Vital statistics of India. Vol. VI, European troops 1870-79
Year: 1870
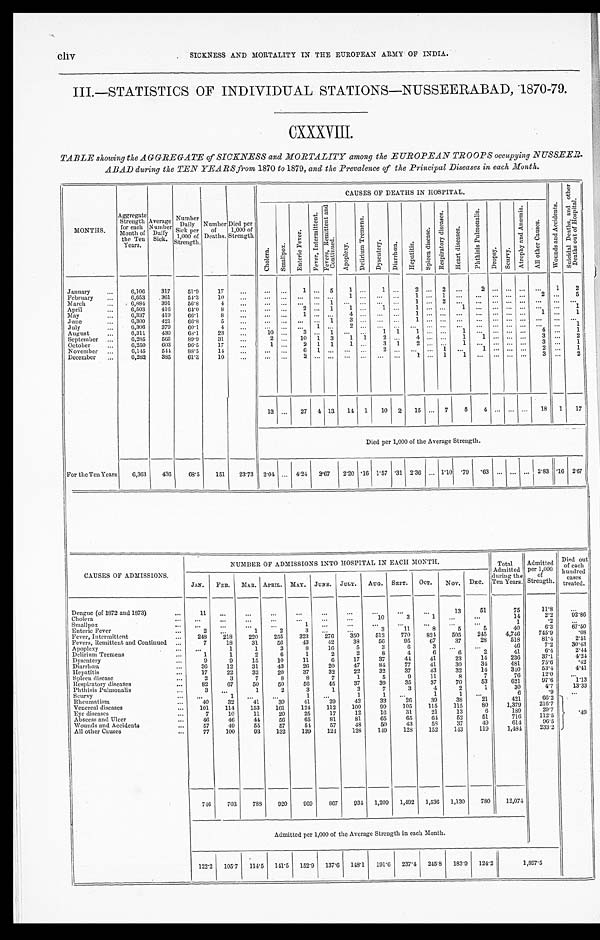
cliv
SICKNESS AND MORTALITY IN THE EUROPEAN ARMY OF INDIA.
III.—STATISTICS OF INDIVIDUAL STATIONS-NUSSEERABAD, 1870-79.
CXXXVIII.
TABLE showing the AGGREGATE of SICKNESS and MORTALITY among the EUROPEAN TROOPS occupying NUSSEER.
ABAD during the TEN YEARS from 1870 to 1879, and the Prevalence of the Principal Diseases in each Month.
MONTHS.
Aggregate Strength for each
Month of
the Ten
Years.
Average Number Daily
Sick.
Number
Daily
Sick per
1,000 of S t r e n g t h .
Number of
Deaths.
Died per
1,000 of S t r e n g t h .
CAUSES OF DEATHS IN HOSPITAL.
W o u n d s a n d A c c i d e n t s .
S u i c i d a l D e a t h s , a n d o t h e r
D e a t h s o u t o u t o f H o s p i t a l .
C h o l e r a . S m a l l p o x .
E n t e r i c F e v e r .
F e v e r , I n t e r m i t t e n t .
F e v e r s , R e m i t t e n t a n d
C o n t i n u e d .
A p o p l e x y .
D e l i r i u m T r e m e n s .
D y s e n t e r y .
D i a r r h œ a . H e p a t i t i s .
S p l e e n d i s e a s e .
R e s p i r a t o r y d i s e a s e s .
H e a r t d i s e a s e s .
P h t h i s i s P u l m o n a l i s .
D r o p s y . S c u r v y .
A t r o p h y a n d A n æ m i a .
A l l o t h e r C a u s e s .
January
6,106 317
51.9
17
1
5 1
1
2 2
2
1 2
February
6,653 361 54.3 10
1
1 1
2
5
March
6,884 391 56.8
4
1
1 2
April
6,503 416 64.0
8
2
1 1
1
1
1
1
May
6,337 419 66.1
8
1
4
1
1
1
June
6,300 421
66.8
5
1
3
1
July
6,306 379 60.1
4
1
2
1
August
6 , 3 1 1 430
68.l
23
10
3
1
1 1 1
1
4
1
September
6,285 565 89.9 31
2
10 1 3 1 1 2
4
1
1
3
2
October
6,250 603 96.5 17
1
2 1 1 1
3 1 2
1
3
1
November
6,145 544 88.5
14
6 1
2
1
1
2
1
December
6,282 385 61.3
10
2
1
1
1
3
2
13
27 4 13 14 1 10 2 15
7 5 4
18 1 17
Died per 1,000 of the Average Strength.
For the Ten Years 6,363 436 68.5 151 23.73 2.04
4.24 2.67 2.20 . 16 1.57 .31 2.36
1.10 .79 .63
2.83 .16 2. 67
CAUSES OF ADMISSIONS
NUMBER OF ADMISSIONS INTO HOSPITAL IN EACH MONTH.
Total
Admitted
during the
Ten Years.
Admitted per 1,000
of
Strength.
Died out
of each
hundred
cases
treated.
JAN. FEB. MAR. APRIL. MAY. JUNE. JULY. AUG. SEPT. OCT. NOV. DEC.
Dengue (of 1872 and 1873)
11
13
51
75
11.8
Ch o l e r a
10
3
1
14
2.2
9 2 . 8 6
Smallpox
1
1
. 2
Enteric Fever
2
1
2
3
3
11
8
5
5
40
6 . 3
6 7 . 5 0
Fever, Intermittent
248 218 220 255 323 276 350 512 770 824 505 245
4,746
745.9
.08
Fevers, Remittent and Continued
7
18
31
56 43
42
38 56
95
67
37
28
518
81.4
2.51
Apoplexy
1
1
3
8
16
5
3
6
3
46
7.2 30.43
Delirium Tremens
1
1
2
6
1
2
2
8
4
6
6
2
41
6 . 4
2 . 4 4
Dysentery
9
9
15
10
11
6
17
37
44
41
23
14
236
3 7 . 1
.42
Diarrhœa
36 12
31
43
26 20
47
84
77
41
30
34
481
75.6
. 4 2
Hepatitis
1 7 22
32
20
37
32
22
32
37
43
32
14
340
53.4
4.41
Spleen disease
2
3
7
8
8
7
1
5
9
11
8
7
76
12.0
Respiratory diseases
8 2 67
50
50
56
45
37
39
35
37
70
53
621
97.6
1.13
Phthisis Pulmonalis
3
1
2
3
1
3
7
3
4
2
1
30
4.7 13.33
Scurvy
1
1
1
1
1
1
6
.9
Rheumatism
40
32
41
39
41
29
42
33
26
39
38
21
421
66.2
.49
Venereal diseases
101 114 153 161 124 112 100
99 105 115 115
80
1,379
216.7
Eye diseases
7
10
11
20
25
17
12
16
31
21
13
6
189
29.7
Abscess and Ulcer
4 6 46
44
56
65
81
81
65
65
64 52
51
716
112.5
Wounds and Accidents
57
49
55
57
54
57
48
50
43
58 37
49
614
96.5
All other Causes
7 7
100
93 132 139 124 128 149 128 152 143 119 1,484
233.2
746 703 788 920 969 867 934 1,209 1,492 1,536 1,130 780 12,074
Admitted per 1,000 of the Average Strength in each Month.
122.2 105.7 114.5 141.5 152.9 137.6 148.1 191.6 237.4 245.8 183.9 124.2
1, 897. 5